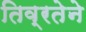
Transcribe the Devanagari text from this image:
तिव्रतेने